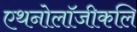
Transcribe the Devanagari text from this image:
एथनोलॉजीकलि